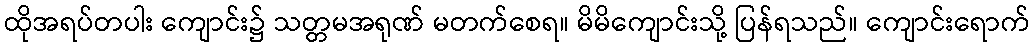
ထိုအရပ်တပါး ကျောင်း၌ သတ္တမအရုဏ် မတက်စေရ။ မိမိကျောင်းသို့ ပြန်ရသည်။ ကျောင်းရောက်